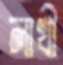
লাখী